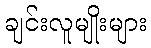
ချင်းလူမျိုးများ